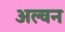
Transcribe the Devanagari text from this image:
अल्वन